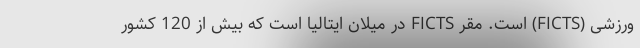
ورزشی (FICTS) است. مقر FICTS در میلان ایتالیا است که بیش از 120 کشور